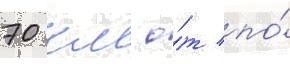
70 км о́т по́